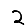
Digit: 2